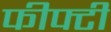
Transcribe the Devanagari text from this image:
फीफ्टी